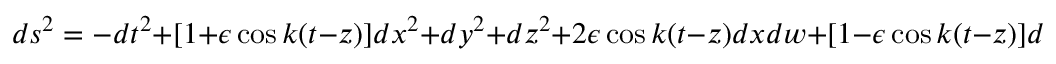
d s ^ { 2 } = - d t ^ { 2 } + [ 1 + \epsilon \cos k ( t - z ) ] d x ^ { 2 } + d y ^ { 2 } + d z ^ { 2 } + 2 \epsilon \cos k ( t - z ) d x d w + [ 1 - \epsilon \cos k ( t - z ) ] d w ^ { 2 }